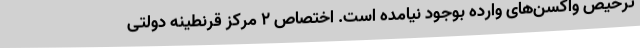
ترخیص واکسن‌های وارده بوجود نیامده است. اختصاص ۲ مرکز قرنطینه دولتی